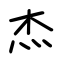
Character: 杰